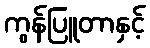
ကွန်ပြူတာနှင့်